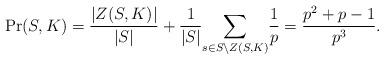
LaTeX: \begin{align*}\Pr(S, K) = \frac{|Z(S,K)|}{|S|} + \frac{1}{|S|} \underset{s\in S\setminus Z(S, K)}{\sum}\frac{1}{p} = \frac {p^2 + p - 1}{p^3}.\end{align*}